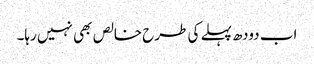
اب دودھ پہلے کی طرح خالص بھی نہیں رہا۔